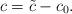
LaTeX: \begin{align*}c = \tilde{c}- c_0. \end{align*}